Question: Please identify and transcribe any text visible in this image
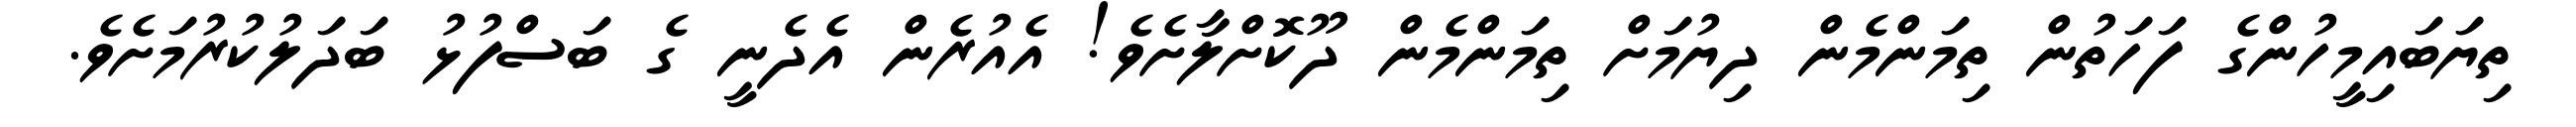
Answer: ތިޔަބައިމީހުންގެ ފަހަތުން ތިމަންމެން ދިޔުމަށް ތިމަންމެން ދޫކޮށްލާށެވެ! އެއުރެން އެދެނީ ގެ ބަސްފުޅު ބަދަލުކުރުމަށެވެ.